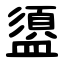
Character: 盨